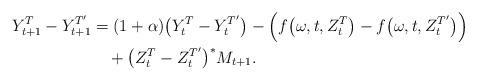
LaTeX: \begin{align*}Y^T_{t+1} - Y^{T'}_{t+1} &= (1 + \alpha)\big(Y^T_t - Y^{T'}_t\big) - \Big(f\big(\omega,t,Z^T_t\big) - f\big(\omega,t,Z^{T'}_t\big)\Big) \\&\ \ \ + \big(Z^T_t - Z^{T'}_t\big)^{\ast}M_{t+1}. \end{align*}